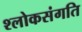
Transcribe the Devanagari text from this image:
श्लोकसंगति